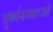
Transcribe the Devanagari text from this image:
दुर्ब्यवस्थाओ